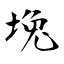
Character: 堍